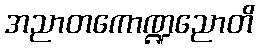
အညာတကောဏ္ဍညောတိ